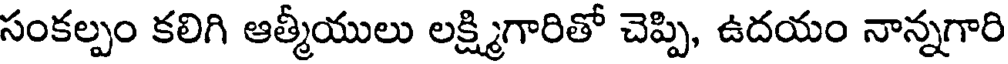
సంకల్పం కలిగి ఆత్మీయులు లక్ష్మిగారితో చెప్పి, ఉదయం నాన్నగారి